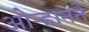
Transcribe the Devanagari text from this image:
ओऱ्हानने